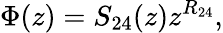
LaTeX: \Phi(z)=S_{24}(z)z^{R_{24}},